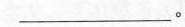
___。